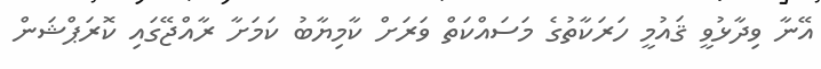
އޭނާ ވިދާޅުވީ ޤައުމީ ހަރަކާތުގެ މަސައްކަތް ވަރަށް ކާމިޔާބު ކަމަށާ ރާއްޖޭގައި ކޮރަޕްޝަން